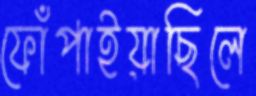
ফোঁপাইয়াছিলে